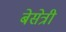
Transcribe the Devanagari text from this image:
बेसेत्री